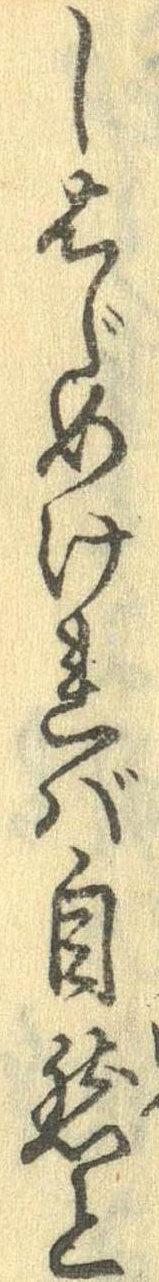
しはじめければ自然と